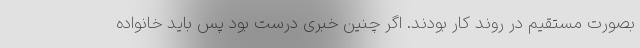
بصورت مستقیم در روند کار بودند. اگر چنین خبری درست بود پس باید خانواده